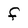
Character: f